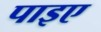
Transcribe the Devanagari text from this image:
पाइए